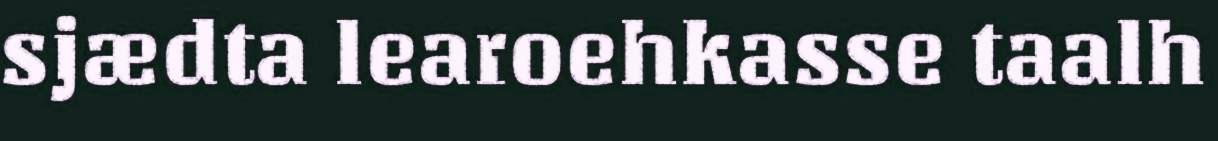
sjædta learoehkasse taalh